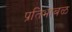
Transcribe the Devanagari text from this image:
प्रतिभाबळ